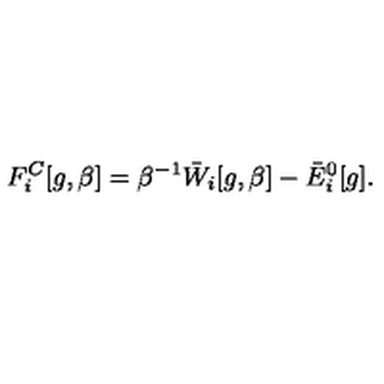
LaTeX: F _ { i } ^ { C } [ g , \beta ] = \beta ^ { - 1 } \bar { W } _ { i } [ g , \beta ] - \bar { E } _ { i } ^ { 0 } [ g ] .